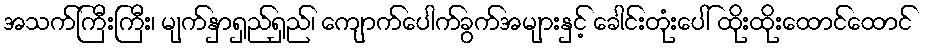
အသက်ကြီးကြီး၊ မျက်နှာရှည်ရှည်၊ ကျောက်ပေါက်ခွက်အများနှင့် ခေါင်းတုံးပေါ် ထိုးထိုးထောင်ထောင်